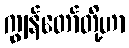
ကျွန်တော်တို့ဟာ